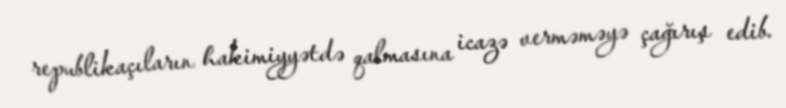
republikaçıların hakimiyyətdə qalmasına icazə verməməyə çağırış edib.